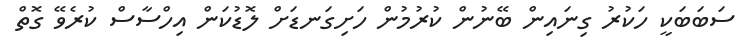
ސަބަބަކީ ހަކުރު ގިނައިން ބޭނުން ކުރުމުން ހަށިގަނޑަށް ލޮޑުކަން އިހްސާސް ކުރެވޭ ގޮތް